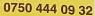
0750 444 09 32